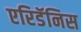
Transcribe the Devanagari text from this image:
एरिडॅनिस